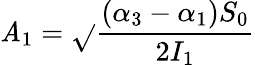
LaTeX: \mathit{A}_{1}=\sqrt{}{{\frac{{(\alpha_{3}-\alpha_{1})S_{0}}}{{2I_{1}}}}}